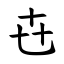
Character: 㔺